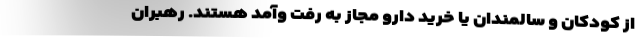
از کودکان و سالمندان یا خرید دارو مجاز به رفت و‌آمد هستند. رهبران